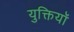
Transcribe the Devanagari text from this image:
युक्तियॉ